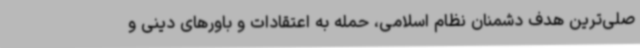
صلی‌ترین هدف دشمنان نظام اسلامی، حمله به اعتقادات و باورهای دینی و